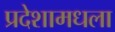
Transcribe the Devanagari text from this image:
प्रदेशामधला